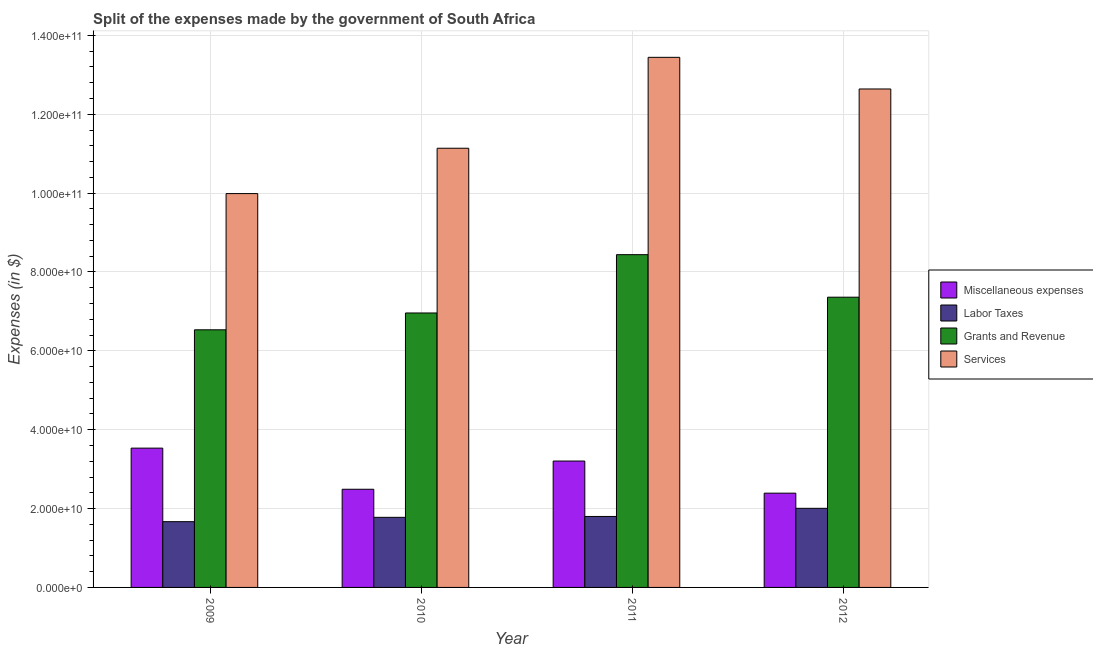
| Year | Miscellaneous expenses | Labor Taxes | Grants and Revenue | Services |
 | --- | --- | --- | --- | --- |
 | 2009 | 3.53e+10 | 1.67e+10 | 6.53e+10 | 9.99e+10 |
 | 2010 | 2.49e+10 | 1.78e+10 | 6.96e+10 | 1.11e+11 |
 | 2011 | 3.21e+10 | 1.8e+10 | 8.44e+10 | 1.34e+11 |
 | 2012 | 2.39e+10 | 2.01e+10 | 7.36e+10 | 1.26e+11 |